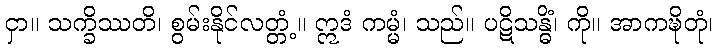
ငှာ။ သက္ခိဿတိ၊ စွမ်းနိုင်လတ္တံ့။ ဣဒံ ကမ္မံ၊ သည်။ ပဋိသန္ဓိံ၊ ကို။ အာကဍ္ဎိတုံ၊